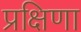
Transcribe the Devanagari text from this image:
प्रक्षिणा